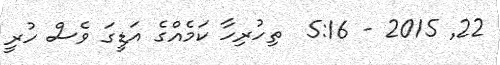
22